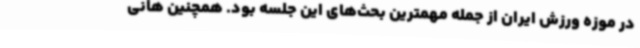
در موزه ورزش ایران از جمله مهمترین بحث‌های این جلسه بود. همچنین هانی